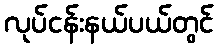
လုပ်ငန်းနယ်ပယ်တွင်